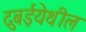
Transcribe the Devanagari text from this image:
दुबईयेथील